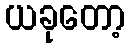
ယခုတော့